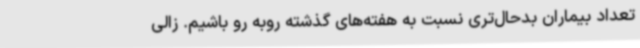
تعداد بیماران بدحال‌تری نسبت به هفته‌های گذشته روبه رو باشیم. زالی